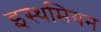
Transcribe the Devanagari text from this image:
इस्थमियन